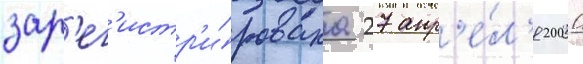
зар'ег'истр'и́рована 27 апр'е́л'я 2000